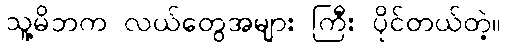
သူ့မိဘက လယ်တွေအများ ကြီး ပိုင်တယ်တဲ့။